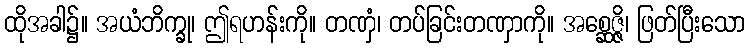
ထိုအခါ၌။ အယံဘိက္ခု၊ ဤရဟန်းကို။ တဏှံ၊ တပ်ခြင်းတဏှာကို။ အစ္ဆေဇ္ဇိ၊ ဖြတ်ပြီးသော